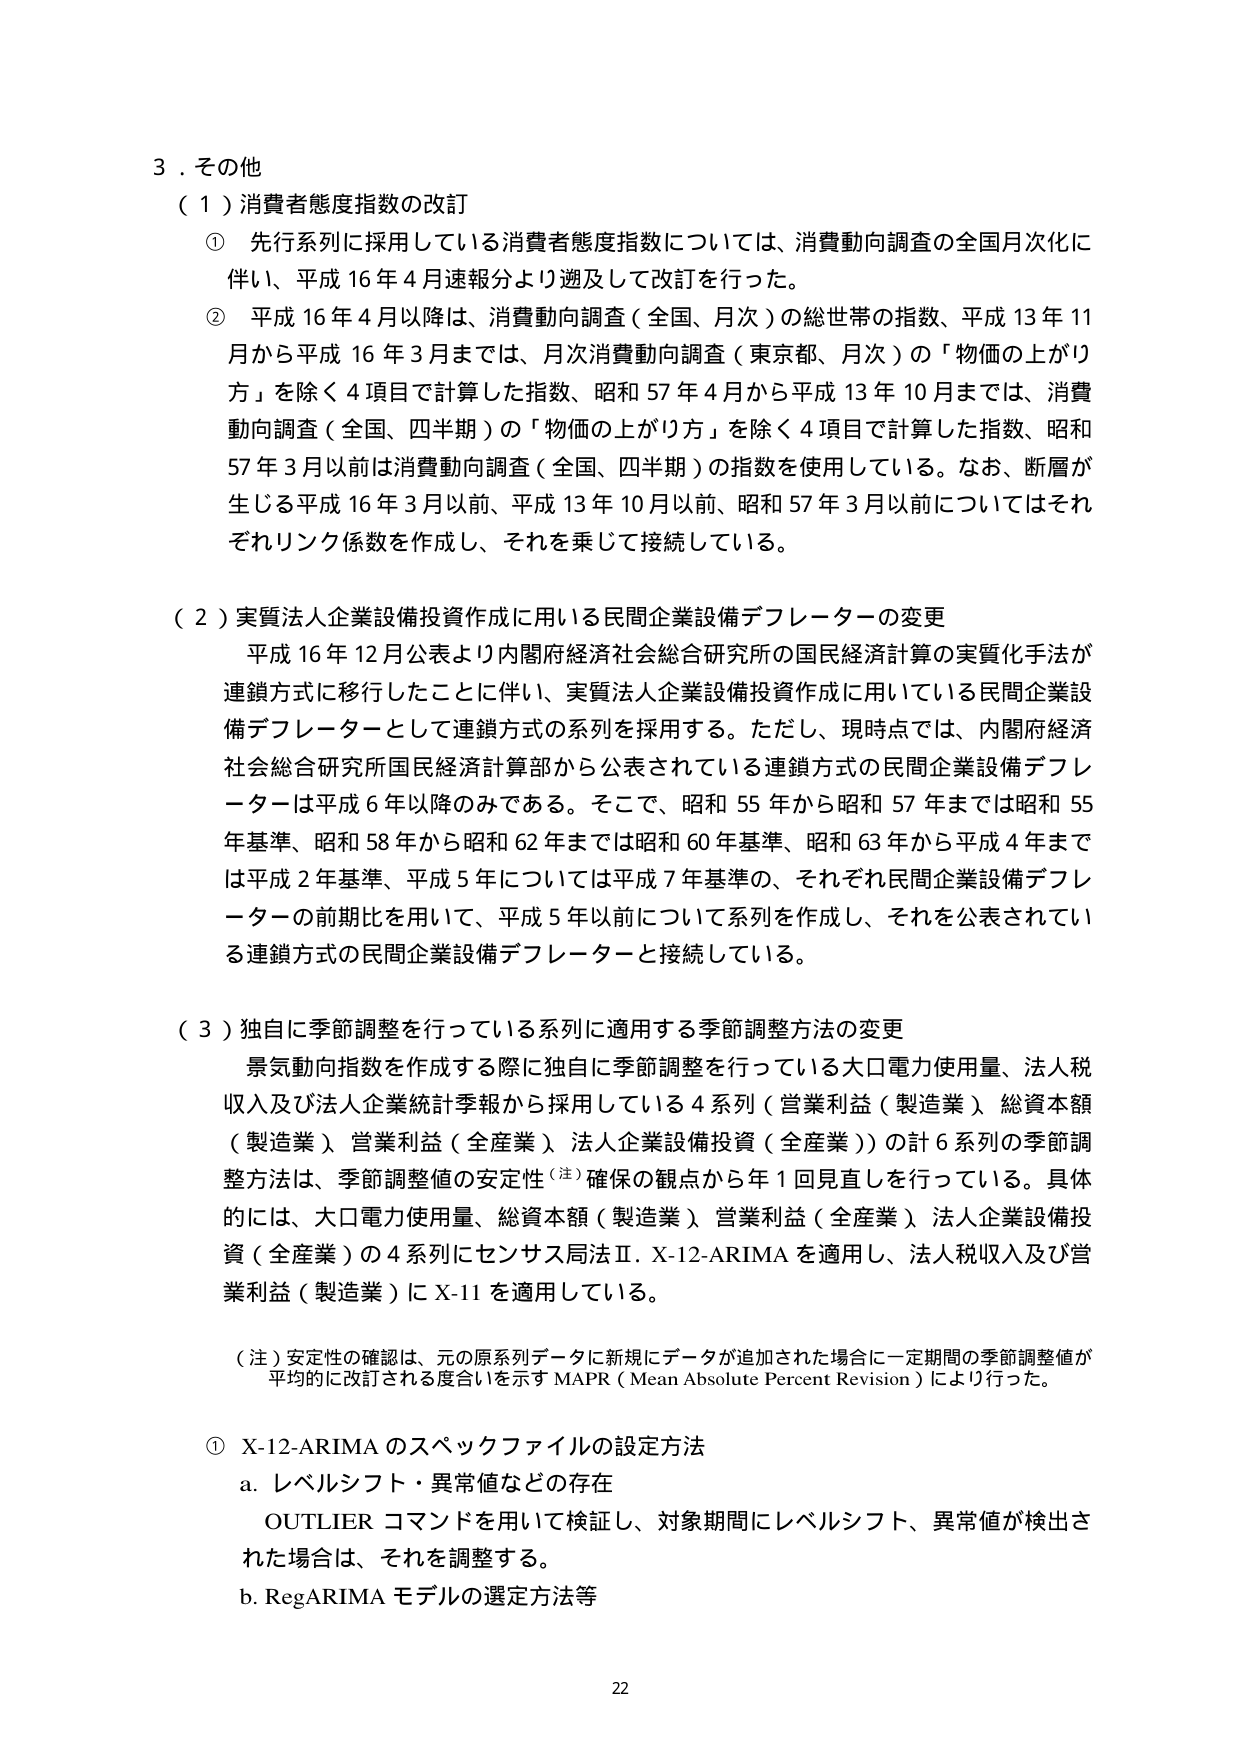
3．その他
（1）消費者態度指数の改訂
① 先行系列に採用している消費者態度指数については、消費動向調査の全国月次化に伴い、平成16年4月速報分より遡及して改訂を行った。
② 平成16年4月以降は、消費動向調査（全国、月次）の総世帯の指数、平成13年11月から平成16年3月までは、月次消費動向調査（東京都、月次）の「物価の上がり方」を除く4項目で計算した指数、昭和57年4月から平成13年10月までは、消費動向調査（全国、四半期）の「物価の上がり方」を除く4項目で計算した指数、昭和57年3月以前は消費動向調査（全国、四半期）の指数を使用している。なお、断層が生じる平成16年3月以前、平成13年10月以前、昭和57年3月以前についてはそれぞれリンク係数を作成し、それを乗じて接続している。

（2）実質法人企業設備投資作成に用いる民間企業設備デフレーターの変更
平成16年12月公表より内閣府経済社会総合研究所の国民経済計算の実質化手法が連鎖方式に移行したことに伴い、実質法人企業設備投資作成に用いている民間企業設備デフレーターとして連鎖方式の系列を採用する。ただし、現時点では、内閣府経済社会総合研究所国民経済計算部から公表されている連鎖方式の民間企業設備デフレーターは平成6年以降のみである。そこで、昭和55年から昭和57年までは昭和55年基準、昭和58年から昭和62年までは昭和60年基準、昭和63年から平成4年までは平成2年基準、平成5年については平成7年基準の、それぞれ民間企業設備デフレーターの前期比を用いて、平成5年以前について系列を作成し、それを公表されている連鎖方式の民間企業設備デフレーターと接続している。

（3）独自に季節調整を行っている系列に適用する季節調整方法の変更
景気動向指数を作成する際に独自に季節調整を行っている大口電力使用量、法人税収入及び法人企業統計季報から採用している4系列（営業利益（製造業）、総資本額（製造業）、営業利益（全産業）、法人企業設備投資（全産業））の計6系列の季節調整方法は、季節調整値の安定性（注）確保の観点から年1回見直しを行っている。具体的には、大口電力使用量、総資本額（製造業）、営業利益（全産業）、法人企業設備投資（全産業）の4系列にセンサス局法Ⅱ．X-12-ARIMAを適用し、法人税収入及び営業利益（製造業）にX-11を適用している。

（注）安定性の確認は、元の原系列データに新規にデータが追加された場合に一定期間の季節調整値が平均的に改訂される度合いを示すMAPR（Mean Absolute Percent Revision）により行った。

① X-12-ARIMAのスペックファイルの設定方法
a．レベルシフト・異常値などの存在
OUTLIERコマンドを用いて検証し、対象期間にレベルシフト、異常値が検出された場合は、それを調整する。
b．RegARIMAモデルの選定方法等

22